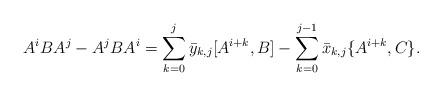
LaTeX: \begin{align*}A^iBA^j - A^j BA^i = \sum_{k=0}^j \bar{y}_{k,j}[A^{i+k},B] - \sum_{k=0}^{j-1}\bar{x}_{k,j} \{A^{i+k},C\}. \end{align*}